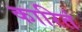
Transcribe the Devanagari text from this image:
कारितं